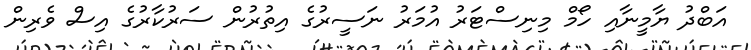
އަބްދު ޔާމީނާއި ހޯމް މިނިސްޓަރު އުމަރު ނަސީރުގެ އިތުރުން ސަރުކާރުގެ އިސް ވެރިން